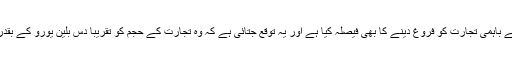
دونوں ملکوں نے باہمی تجارت کو فروغ دینے کا بھی فیصلہ کیا ہے اور یہ توقع جتائی ہے کہ وہ تجارت کے حجم کو تقریباً دس بلین یورو کے بقدر پہنچائیں گے ۔